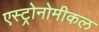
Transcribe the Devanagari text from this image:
एस्ट्रोनोमीकल